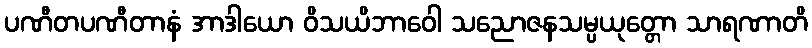
ပဏီတပဏီတာနံ အာဒါယော ဝိသယိဘာဝေါ သညောဇနသမ္ပယုတ္တော သာရဏာတိ